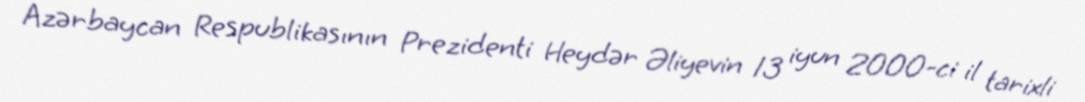
Azərbaycan Respublikasının Prezidenti Heydər Əliyevin 13 iyun 2000-ci il tarixli